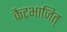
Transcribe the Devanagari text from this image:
कैटभाजित्